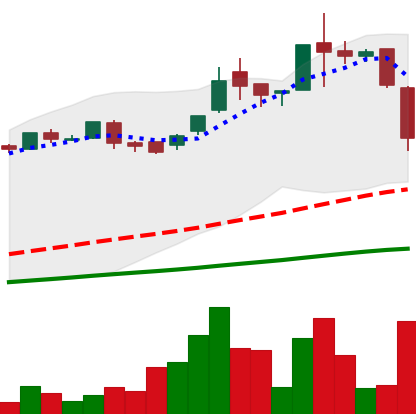
Ticker: LTC-USD
Chart end date: 2016-06-21
Forward return: -15.501%
Label: down_7plus